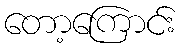
တော့ကြောင်း